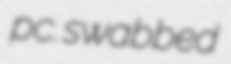
pc. swabbed